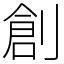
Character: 創